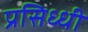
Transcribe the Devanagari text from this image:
प्रसिध्‍धी